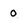
Character: o